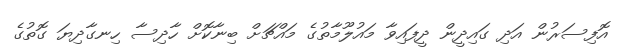
އޮފިސަރުން އަދި ގައިދީން ދީފައިވާ މައުލޫމާތުގެ މައްޗަށް ބިނާކޮށް ހާދިސާ ހިނގާދިޔަ ގޮތުގެ